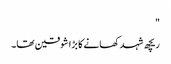
"
ریچھ شہد کھانے کا بڑا شوقین تھا۔